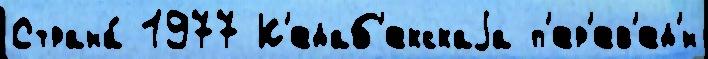
Страна́ 1977 К'едаб'екскаjа п'ер'ев'ед'́н